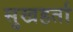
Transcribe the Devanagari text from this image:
सुखहर्ता